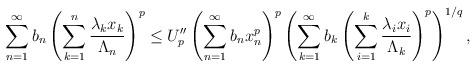
LaTeX: \begin{align*} \sum^{\infty}_{n=1}b_n \left (\sum^{n}_{k=1}\frac {\lambda_kx_k}{\Lambda_n} \right )^p & \leq U''_p\left (\sum^{\infty}_{n=1}b_nx^p_n \right )^p\left (\sum^{\infty}_{k=1}b_k \left (\sum^{k}_{i=1}\frac {\lambda_ix_i}{\Lambda_k} \right )^p\right )^{1/q},\end{align*}